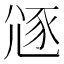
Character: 䝇